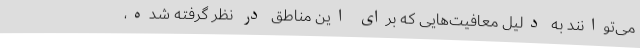
می‌توانند به دلیل معافیت‌هایی که برای این مناطق در نظر گرفته شده،